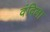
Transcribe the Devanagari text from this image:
वंदिला